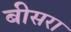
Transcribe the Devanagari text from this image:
बीसरा